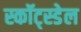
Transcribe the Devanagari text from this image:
स्कॉट्स्डेल